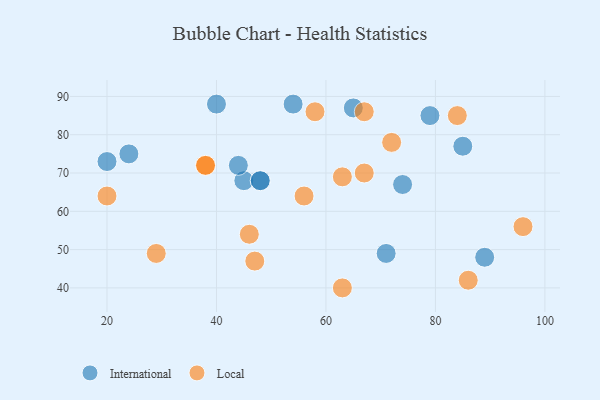
{"axis": {"x": "GDP", "y": "Life Expectancy"}, "legend": ["International", "Local"], "data": [{"x": "45", "y": 68, "type": "International"}, {"x": "65", "y": 87, "type": "International"}, {"x": "48", "y": 68, "type": "International"}, {"x": "20", "y": 73, "type": "International"}, {"x": "24", "y": 75, "type": "International"}, {"x": "54", "y": 88, "type": "International"}, {"x": "79", "y": 85, "type": "International"}, {"x": "74", "y": 67, "type": "International"}, {"x": "85", "y": 77, "type": "International"}, {"x": "40", "y": 88, "type": "International"}, {"x": "44", "y": 72, "type": "International"}, {"x": "48", "y": 68, "type": "International"}, {"x": "89", "y": 48, "type": "International"}, {"x": "71", "y": 49, "type": "International"}, {"x": "63", "y": 69, "type": "Local"}, {"x": "96", "y": 56, "type": "Local"}, {"x": "20", "y": 64, "type": "Local"}, {"x": "38", "y": 72, "type": "Local"}, {"x": "38", "y": 72, "type": "Local"}, {"x": "86", "y": 42, "type": "Local"}, {"x": "29", "y": 49, "type": "Local"}, {"x": "84", "y": 85, "type": "Local"}, {"x": "67", "y": 70, "type": "Local"}, {"x": "47", "y": 47, "type": "Local"}, {"x": "67", "y": 86, "type": "Local"}, {"x": "46", "y": 54, "type": "Local"}, {"x": "63", "y": 40, "type": "Local"}, {"x": "58", "y": 86, "type": "Local"}, {"x": "56", "y": 64, "type": "Local"}, {"x": "72", "y": 78, "type": "Local"}]}